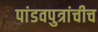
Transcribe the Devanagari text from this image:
पांडवपुत्रांचीच